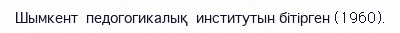
Шымкент  педогогикалық  институтын бітірген (1960).